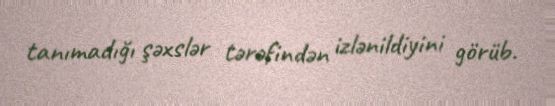
tanımadığı şəxslər tərəfindən izlənildiyini görüb.